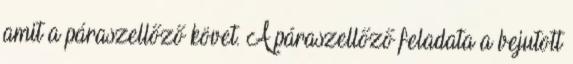
amit a páraszellőző követ. A páraszellőző feladata a bejutott